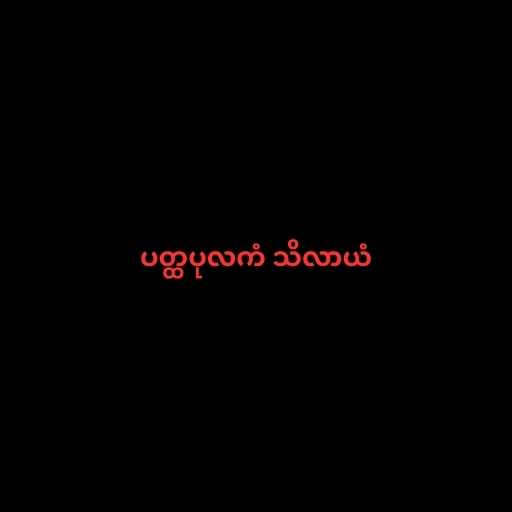
ပတ္ထပုလကံ သိလာယံ